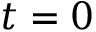
t = 0